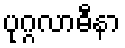
ပုဂ္ဂလာဓီနာ